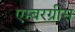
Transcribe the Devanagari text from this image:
एम्बरग्रीस